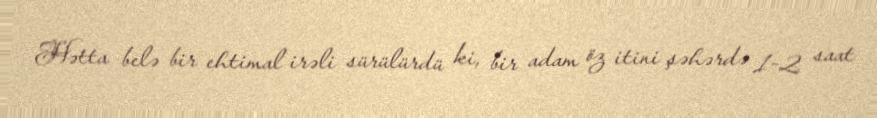
Hətta belə bir ehtimal irəli sürülürdü ki, bir adam öz itini şəhərdə 1-2 saat